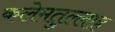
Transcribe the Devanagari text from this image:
कलेमतुल्लाह